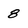
Character: 8